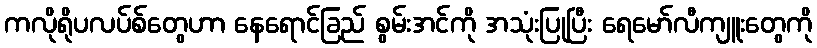
ကလိုရိုပလပ်စ်တွေဟာ နေရောင်ခြည် စွမ်းအင်ကို အသုံးပြုပြီး ရေမော်လီကျူးတွေကို